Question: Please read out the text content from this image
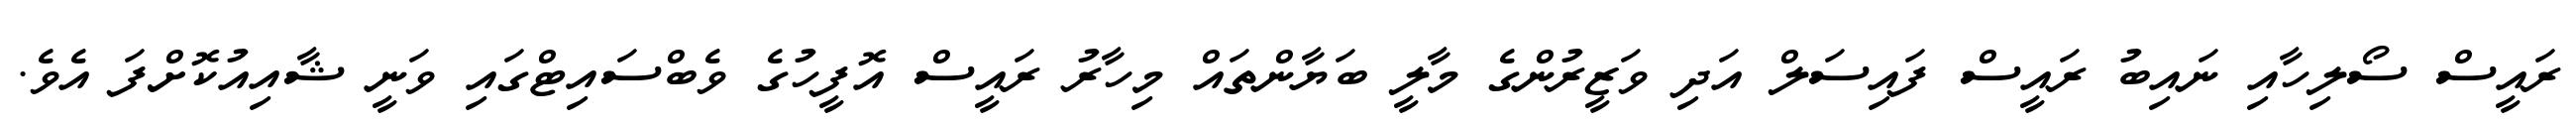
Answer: ރައީސް ސޯލިހާއި ނައިބު ރައީސް ފައިސަލް އަދި ވަޒީރުންގެ މާލީ ބަޔާންތައް މިހާރު ރައީސް އޮފީހުގެ ވެބްސައިޓްގައި ވަނީ ޝާއިއުކޮށްފަ އެވެ.